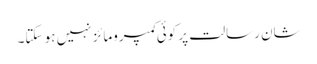
شان رسالت پر کوئی کمپرومائز نہیں ہو سکتا۔